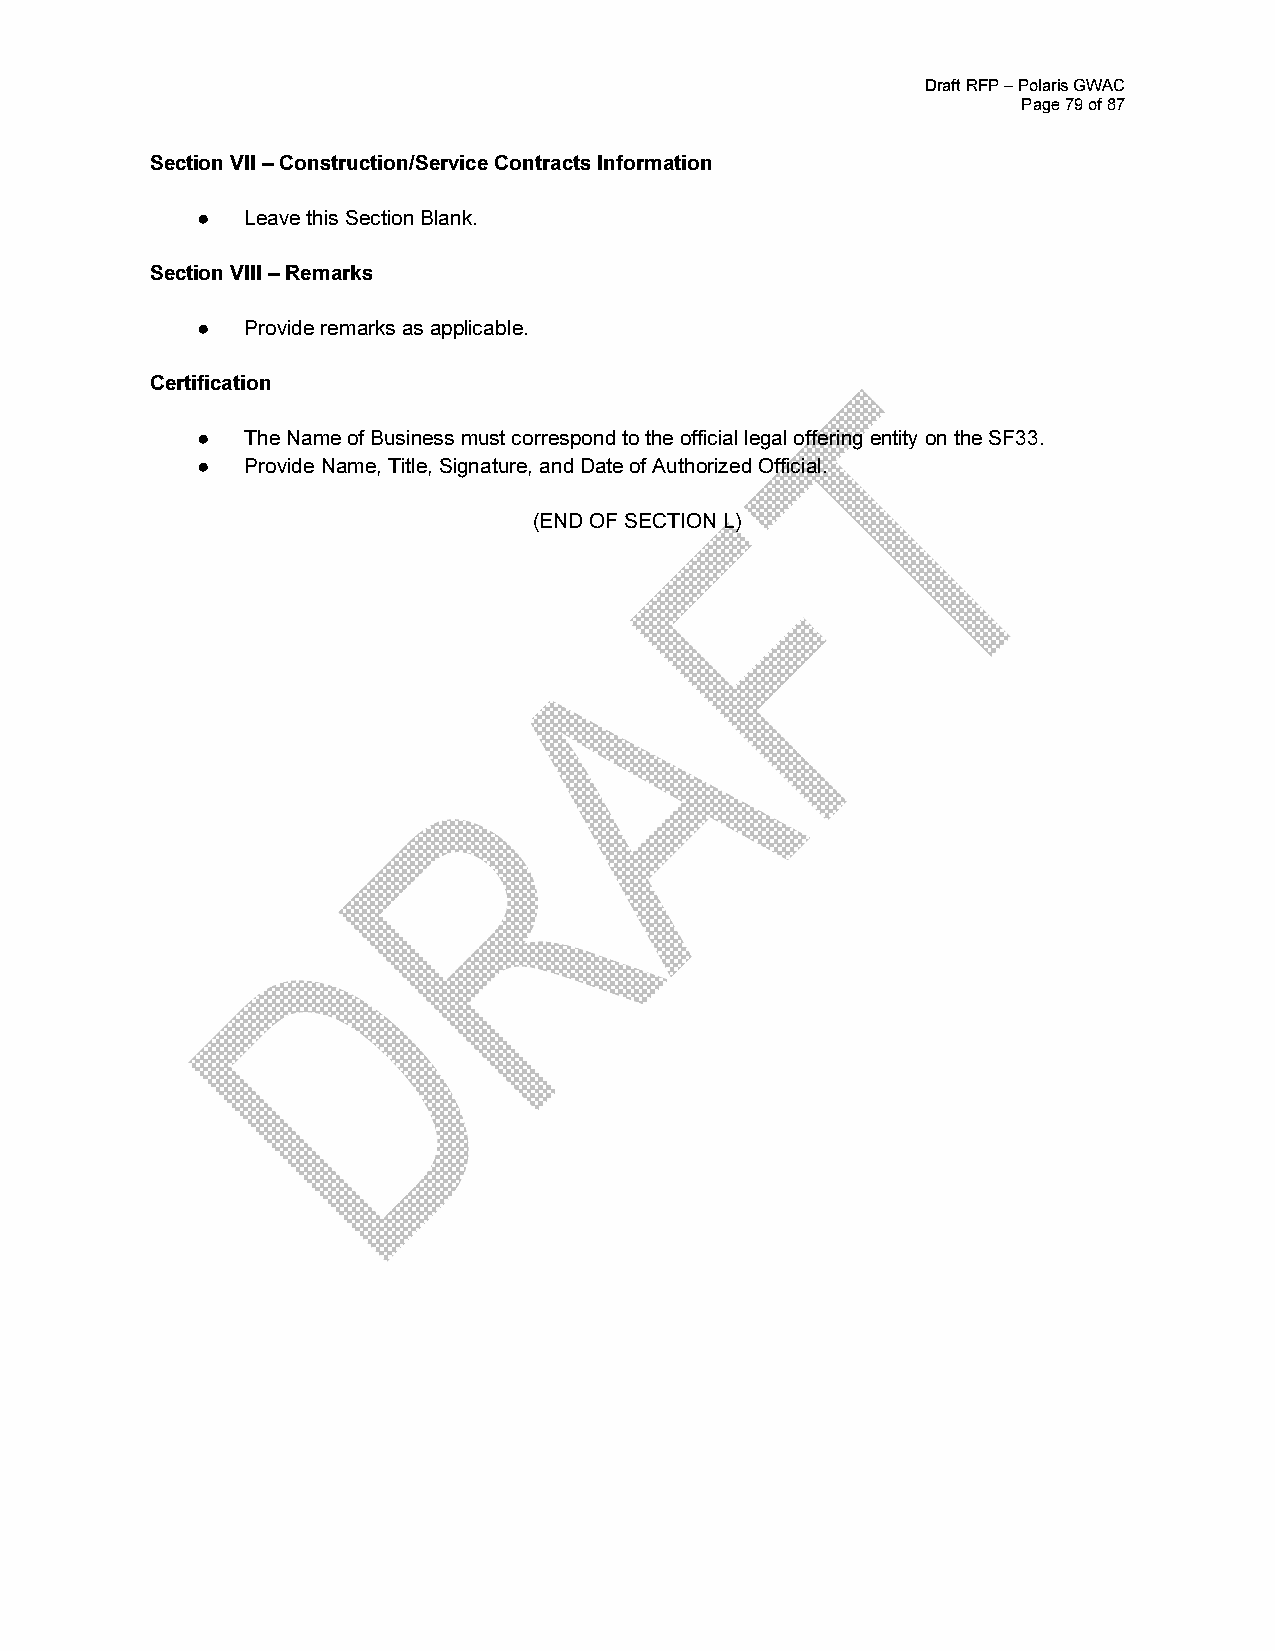
Draft RFP – Polaris GWAC
 Page 79 of 87
 Section VII – Construction/Service Contracts Information
 ●  Leave this Section Blank.
 Section VIII – Remarks
 ●  Provide remarks as applicable.
 Certification
 ●  The Name of Business must correspond to the official legal offering entity on the SF33.
 ●  Provide Name, Title, Signature, and Date of Authorized Official.
 (END OF SECTION L)